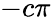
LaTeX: -c\pi